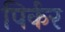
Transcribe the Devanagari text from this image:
पिर्कर